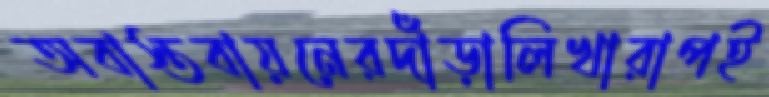
অবাস্তবায়নেরদাঁড়ালিখারাপই